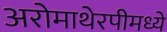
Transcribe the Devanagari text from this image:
अरोमाथेरपीमध्ये